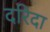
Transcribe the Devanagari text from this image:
दरिदा